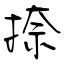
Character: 捺